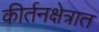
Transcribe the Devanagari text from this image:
कीर्तनक्षेत्रात